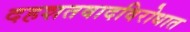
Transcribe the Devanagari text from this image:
दहशतवादविरोधात